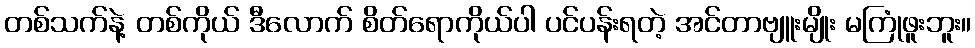
တစ်သက်နဲ့ တစ်ကိုယ် ဒီလောက် စိတ်ရောကိုယ်ပါ ပင်ပန်းရတဲ့ အင်တာဗျူးမျိုး မကြုံဖူးဘူး။